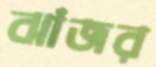
ঝাঁজর